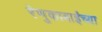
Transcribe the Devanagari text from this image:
रेणुकाबाईंच्या